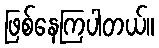
ဖြစ်နေကြပါတယ်။